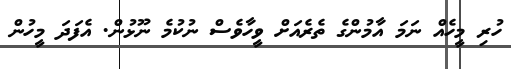
ހުރި މީހެއް ނަމަ އާމުންގެ ތެރެއަށް ވީހާވެސް ނުކުމެ ނޫޅުން. އެފަދަ މީހުން